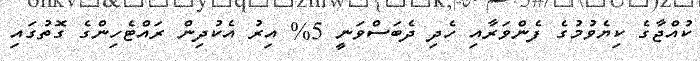
ކުއްޖާގެ ކިޔެވުމުގެ ފެންވަރާއި ހެދި ދެބަސްވަނީ 5% އިރު އެކުދިން ރައްޓެހިންގެ ގޮތުގައި